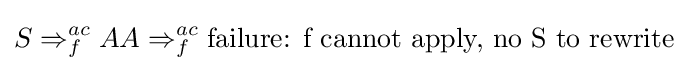
S\Rightarrow _{f}^{ac}AA\Rightarrow _{f}^{ac}{\text{failure: f cannot apply, no S to rewrite}}